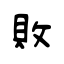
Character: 敗